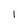
Character: I